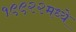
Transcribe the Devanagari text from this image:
१९९२२मध्ये